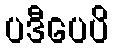
ပဒီပေပိ